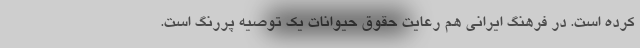
کرده است. در فرهنگ ایرانی هم رعایت حقوق حیوانات یک توصیه پررنگ است.